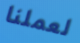
لعملنا